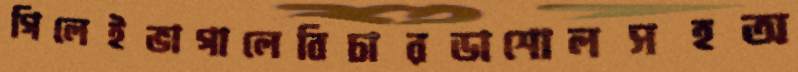
গিলেইভাগালেবিচারডাশোলসহঅ